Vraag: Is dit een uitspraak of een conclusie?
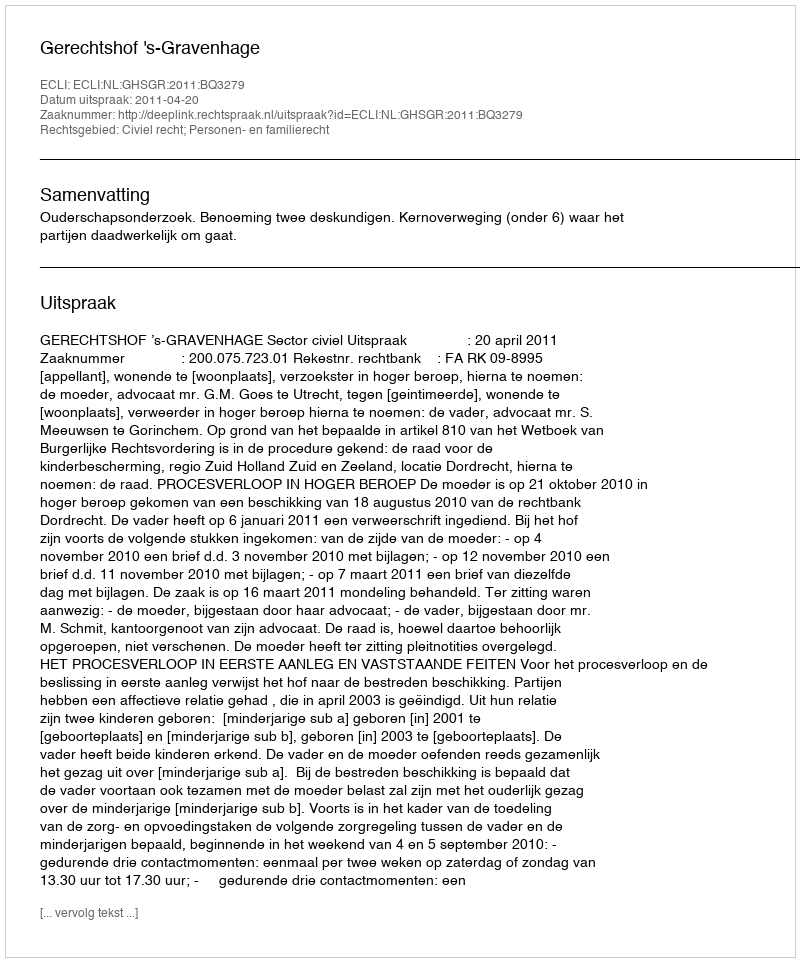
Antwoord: Uitspraak